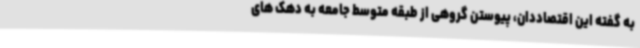
به گفته این اقتصاددان، پیوستن گروهی از طبقه متوسط جامعه به دهک های